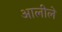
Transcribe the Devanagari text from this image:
आलीले